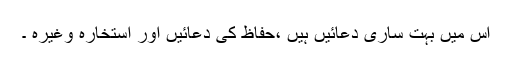
اس میں بہت ساری دعائیں ہیں ،حفاظ کی دعائیں اور استخارہ وغیرہ ۔